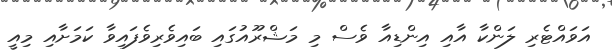
އަވައްޓެރި ލަންކާ އާއި އިންޑިއާ ވެސް މި މަޝްރޫއުގައި ބައިވެރިވެފައިވާ ކަމަށާއި މިއީ